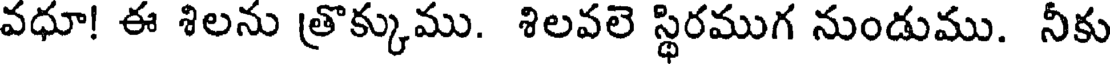
వధూ! ఈ శిలను త్రొక్కుము. శిలవలె స్థిరముగ నుండుము. నీకు